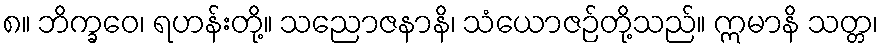
၈။ ဘိက္ခဝေ၊ ရဟန်းတို့။ သညောဇနာနိ၊ သံယောဇဉ်တို့သည်။ ဣမာနိ သတ္တ၊